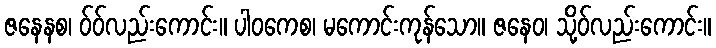
ဇနေနစ၊ ဝ်ဝ်လည်းကောင်း။ ပါဝကေစ၊ မကောင်းကုန်သော။ ဇနေဝ၊ သို့ဝ်လည်းကောင်း။